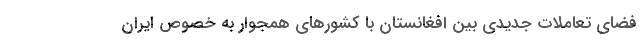
فضای تعاملات جدیدی بین افغانستان با کشور‌های همجوار به خصوص ایران